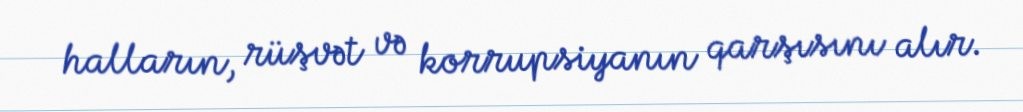
halların, rüşvət və korrupsiyanın qarşısını alır.